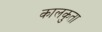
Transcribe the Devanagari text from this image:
कालकुता